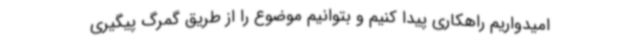
امیدواریم راهکاری پیدا کنیم و بتوانیم موضوع را از طریق گمرگ پیگیری